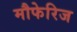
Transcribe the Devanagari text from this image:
मौफेरिज